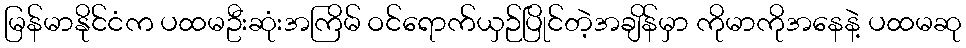
မြန်မာနိုင်ငံက ပထမဦးဆုံးအကြိမ် ဝင်ရောက်ယှဉ်ပြိုင်တဲ့အချိန်မှာ ကိုမာကိုအနေနဲ့ ပထမဆု